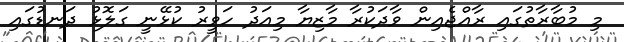
މި މުބާރާތުގައި ރާއްޖެއިން ވާދަކުރާ މާޒިޔާ މިއަދު ހަވީރު ކުޅޭނީ ގަލޮޅު ދަނޑުގައި